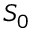
S _ { 0 }